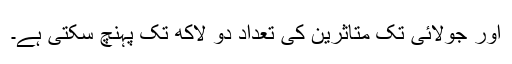
اور جولائی تک متاثرین کی تعداد دو لاکھ تک پہنچ سکتی ہے۔